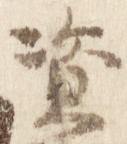
資